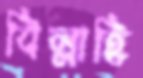
বিল্লাহি